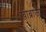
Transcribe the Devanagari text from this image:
खोब्राजी